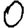
Digit: 0